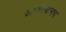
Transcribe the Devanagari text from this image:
अपरिवलय